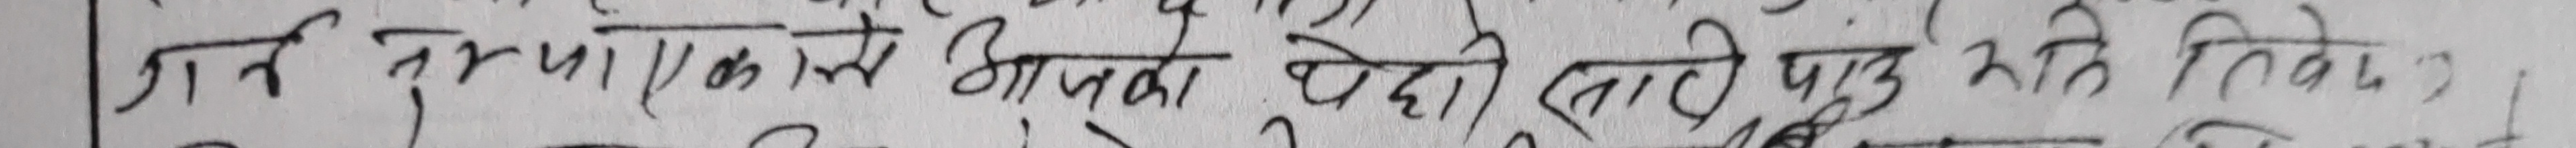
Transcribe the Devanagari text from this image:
गर्ने तुरुप एकाले आफ्ना पेहेली तापु रति तिब्र.)